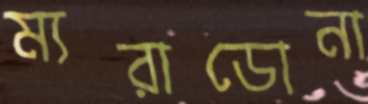
ম্যরাডোনা